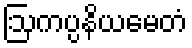
ဩကပ္ပနိယမေတံ